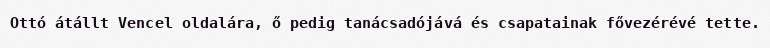
Ottó átállt Vencel oldalára, ő pedig tanácsadójává és csapatainak fővezérévé tette.